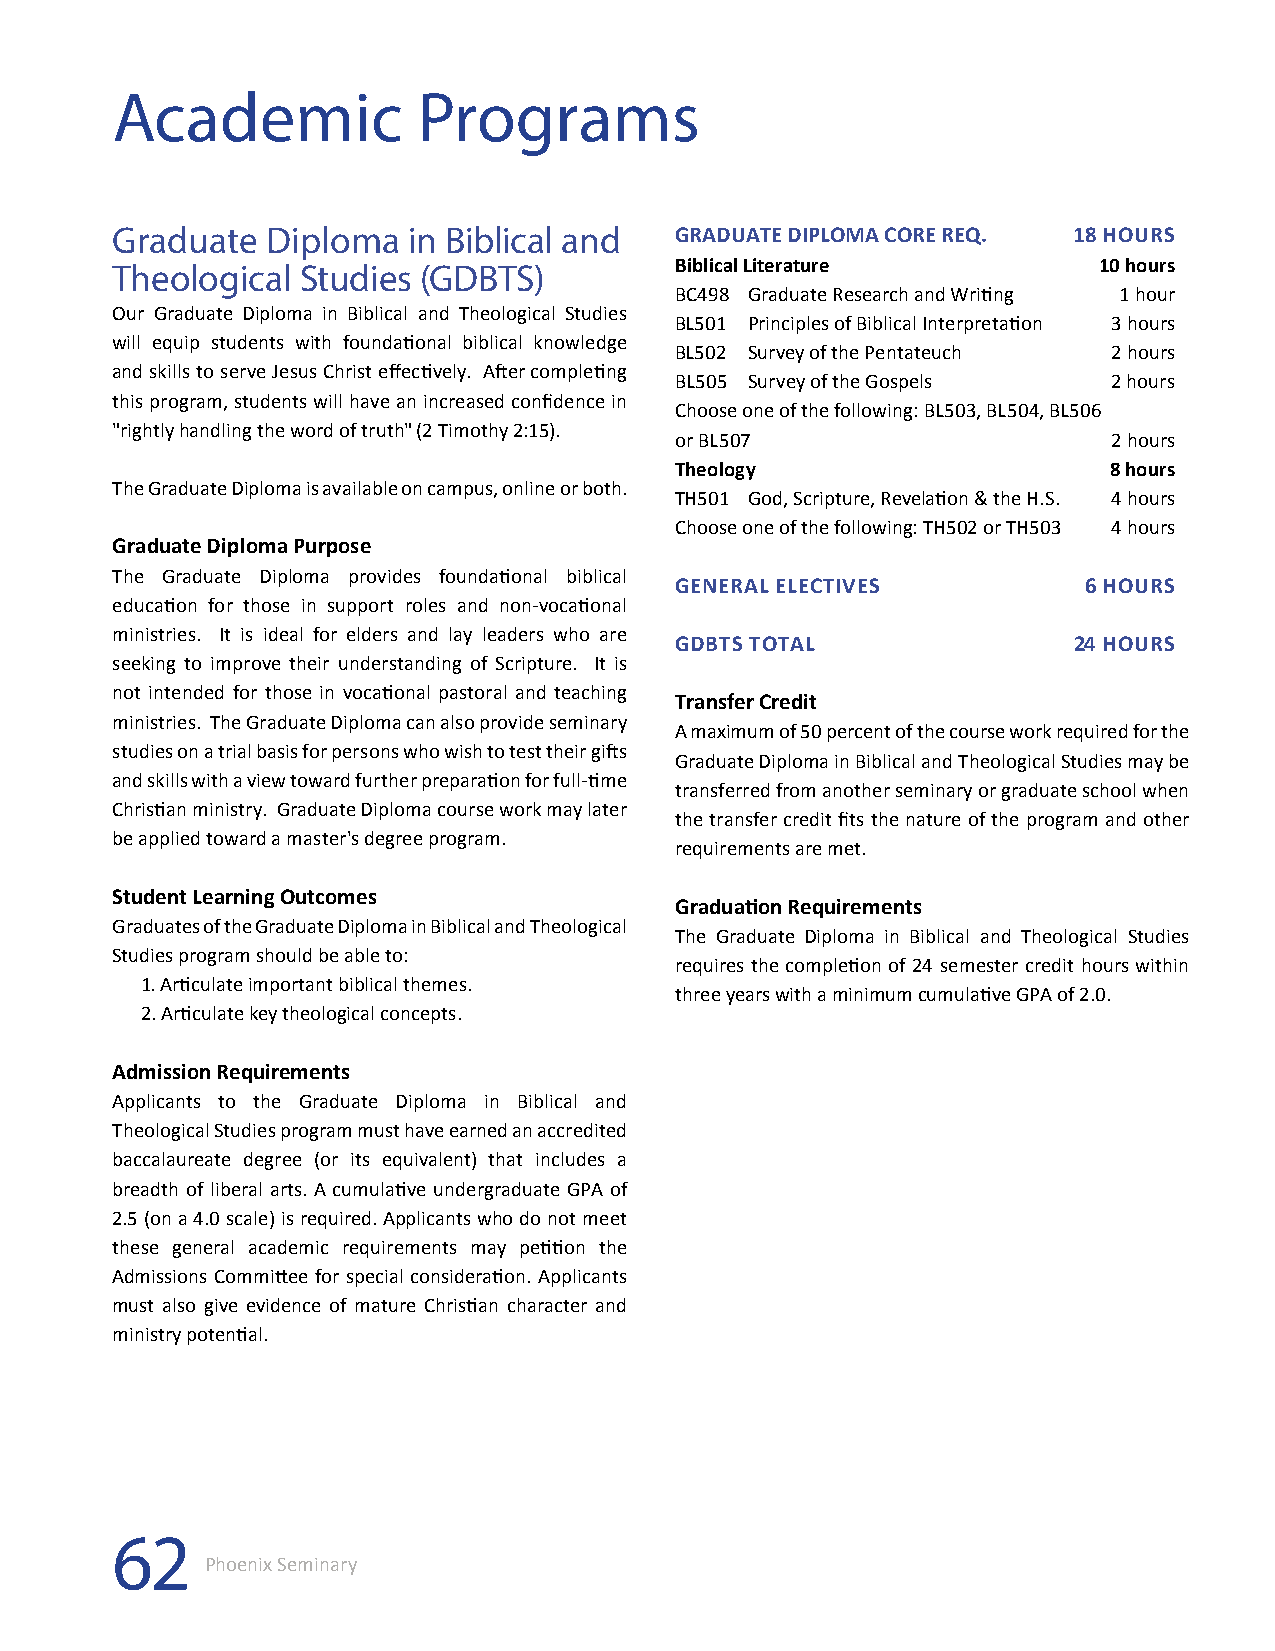
Academic             Programs
 Graduate   Diploma  in Biblical and   GRADUATE DIPLOMA CORE REQ. 18 HOURS
 Theological  Studies (GDBTS)          Biblical Literature         10 hours
 BC498 Graduate Research and Writing 1 hour
 Our Graduate Diploma in Biblical and Theological Studies
 BL501 Principles of Biblical Interpretation 3 hours
 will equip students with foundational biblical knowledge
 BL502 Survey of the Pentateuch 2 hours
 and skills to serve Jesus Christ effectively. After completing
 BL505 Survey of the Gospels  2 hours
 this program, students will have an increased confidence in
 Choose one of the following: BL503, BL504, BL506
 "rightly handling the word of truth" (2 Timothy 2:15).
 or BL507                     2 hours
 Theology                    8 hours
 The Graduate Diploma is available on campus, online or both.
 TH501 God, Scripture, Revelation & the H.S. 4 hours
 Choose one of the following: TH502 or TH503 4 hours
 Graduate Diploma Purpose
 The Graduate Diploma provides foundational biblical
 GENERAL ELECTIVES          6 HOURS
 education for those in support roles and non-vocational
 ministries. It is ideal for elders and lay leaders who are
 GDBTS TOTAL               24 HOURS
 seeking to improve their understanding of Scripture. It is
 not intended for those in vocational pastoral and teaching
 Transfer Credit
 ministries. The Graduate Diploma can also provide seminary
 A maximum of 50 percent of the course work required for the
 studies on a trial basis for persons who wish to test their gifts
 Graduate Diploma in Biblical and Theological Studies may be
 and skills with a view toward further preparation for full-time
 transferred from another seminary or graduate school when
 Christian ministry. Graduate Diploma course work may later
 the transfer credit fits the nature of the program and other
 be applied toward a master's degree program.
 requirements are met.
 Student Learning Outcomes
 Graduation Requirements
 Graduates of the Graduate Diploma in Biblical and Theological
 The Graduate Diploma in Biblical and Theological Studies
 Studies program should be able to:
 requires the completion of 24 semester credit hours within
 1. Articulate important biblical themes.
 three years with a minimum cumulative GPA of 2.0.
 2. Articulate key theological concepts.
 Admission Requirements
 Applicants to the Graduate Diploma in Biblical and
 Theological Studies program must have earned an accredited
 baccalaureate degree (or its equivalent) that includes a
 breadth of liberal arts. A cumulative undergraduate GPA of
 2.5 (on a 4.0 scale) is required. Applicants who do not meet
 these general academic requirements may petition the
 Admissions Committee for special consideration. Applicants
 must also give evidence of mature Christian character and
 ministry potential.
 62
 Phoenix Seminary